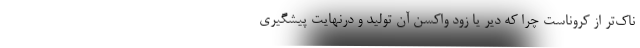
ناک‌تر از کروناست چرا که دیر یا زود واکسن آن تولید و درنهایت پیشگیری